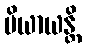
ပိယာယန္တိ